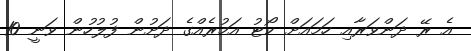
އެ ރޭ ދަންވަރާއި ހަމައަށް ކޯޓު އަމުރެއްގެ ދަށުން ފުލުހުން ވަނީ 10